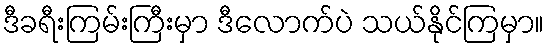
ဒီခရီးကြမ်းကြီးမှာ ဒီလောက်ပဲ သယ်နိုင်ကြမှာ။